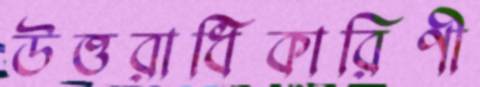
উত্তরাধিকারিণী